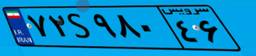
۷۲S۹۸۰۴۶